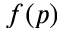
f ( p )